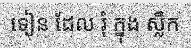
ទៀន ដែល រុំ ក្នុង ស្លឹក